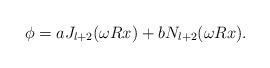
LaTeX: \begin{align*}\phi=a J_{l+2}(\omega R x)+b N_{l+2}(\omega R x).\end{align*}